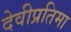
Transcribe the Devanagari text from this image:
देवीप्रतिमा